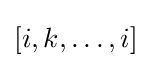
[i,k,\ldots ,i]